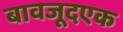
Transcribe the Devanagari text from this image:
बावजूदएक